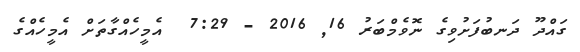
ގައްދޫ ދަނބުފަށުވިގެ ނޮވެމްބަރު 16